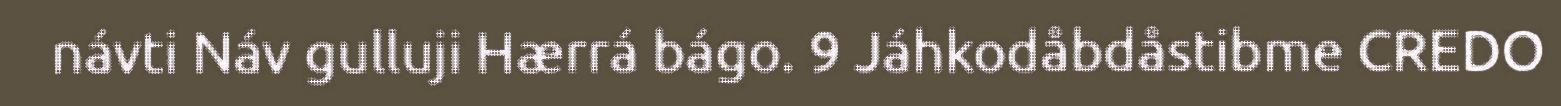
návti Náv gulluji Hærrá bágo. 9 Jáhkodåbdåstibme CREDO